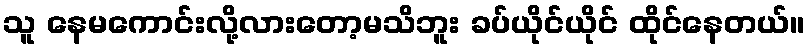
သူ နေမကောင်းလို့လားတော့မသိဘူး ခပ်ယိုင်ယိုင် ထိုင်နေတယ်။